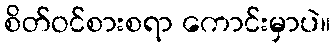
စိတ်ဝင်စားစရာ ကောင်းမှာပဲ။